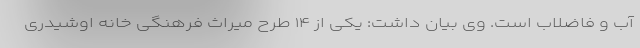
آب و فاضلاب است. وی بیان داشت: یکی از ۱۴ طرح میراث فرهنگی خانه اوشیدری